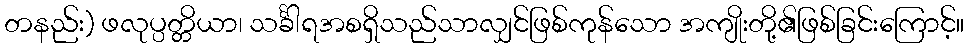
တနည်း) ဖလုပ္ပတ္တိယာ၊ သင်္ခါရအစရှိသည်သာလျှင်ဖြစ်ကုန်သော အကျိုးတို့၏ဖြစ်ခြင်းကြောင့်။